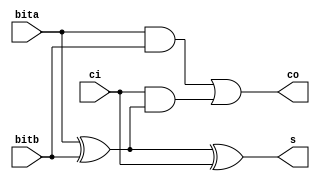
module FullAdder(
    input   bita,
    input   bitb,
    input   ci,
    output  co,
    output  s
);

wire axb;

assign axb = bita^bitb;
assign s = axb^ci;
assign co = (bita&bitb) | (ci&axb);

endmodule